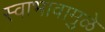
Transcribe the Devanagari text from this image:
स्वाभावामुळे